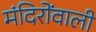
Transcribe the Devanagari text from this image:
मंदिरोंवाली